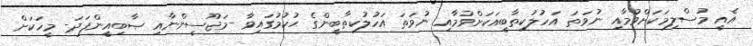
އެއީ މުސްލިމަކަށްވުމާއި ނުވަތަ އަހުލުކިތާބީއަކަށްވުމާއި ނުވަތަ އަހުލުކިތާބީންގެ ޙުކުމުގައިވާ -މަޖޫސީންނާއި ޞާބިއީންފަދަ- މީހަކަށް